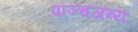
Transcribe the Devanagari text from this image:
पाञ्चजन्यः